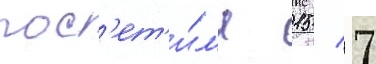
пос'ет'и́л'и 15 / 7